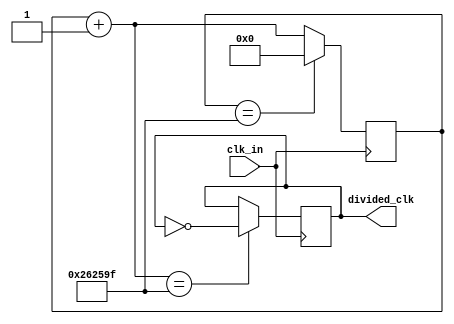
`timescale 1ns / 1ps
//////////////////////////////////////////////////////////////////////////////////
// Company: 
// Engineer: 
// 
// Design Name: 
// Module Name: clk_divider
// Project Name: 
// Target Devices: 
// Tool Versions: 
// Description: 
// 
// Dependencies: 
// 
// Revision:
// Revision 0.01 - File Created
// Additional Comments:
// 
//////////////////////////////////////////////////////////////////////////////////

module clk_divider
    #(
        parameter div_value = 2499999
    )
    (
    input clk_in,
    output reg divided_clk = 0
    );
    
    reg [31:0] count_reg=0, count_next=0;
    
    always @ (posedge clk_in)
        begin
            if(count_reg == div_value)
                count_reg <= 0;
            else
                count_reg<=count_next;
        end
     
     always @ (*)
        count_next = count_reg+1;
        
     always @ (posedge clk_in)
        begin
            if(count_next == div_value)
                divided_clk <= ~divided_clk;
            else
                divided_clk <= divided_clk;
        end   
endmodule